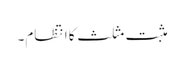
مثبت مثلث کا انتظام۔